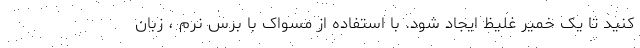
کنید تا یک خمیر غلیظ ایجاد شود. با استفاده از مسواک با برس نرم ، زبان